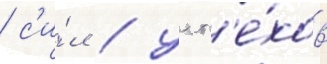
/ с'и́л / усп'е́хов